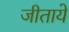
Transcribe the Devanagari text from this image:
जीताये